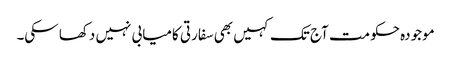
موجودہ حکومت آج تک کہیں بھی سفارتی کامیابی نہیں دکھا سکی۔